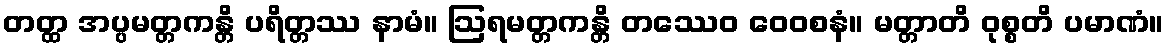
တတ္ထ အပ္ပမတ္တကန္တိ ပရိတ္တဿ နာမံ။ ဩရမတ္တကန္တိ တဿေဝ ဝေဝစနံ။ မတ္တာတိ ဝုစ္စတိ ပမာဏံ။